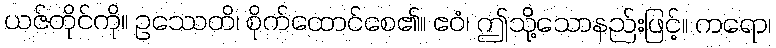
ယဇ်တိုင်ကို။ ဥဿေတိ၊ စိုက်ထောင်စေ၏။ ဧဝံ၊ ဤသို့သောနည်းဖြင့်။ ကရော၊